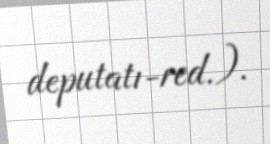
deputatı-red.).